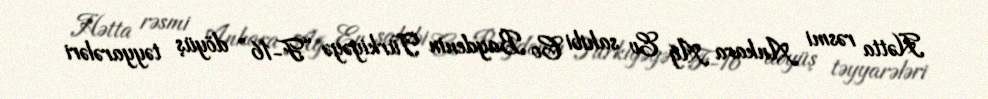
Hətta rəsmi Ankara Ağ Ev sahibi Co Baydenin Türkiyəyə “F-16” döyüş təyyarələri